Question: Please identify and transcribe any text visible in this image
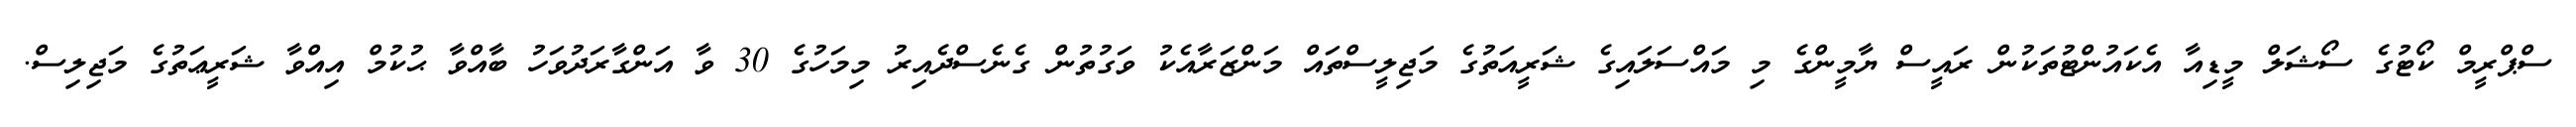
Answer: ސްޕްރީމް ކޯޓުގެ ސޯޝަލް މީޑިއާ އެކައުންޓުތަކުން ރައީސް ޔާމީންގެ މި މައްސަލައިގެ ޝަރީއަތުގެ މަޖިލީސްތައް މަންޒަރާއެކު ވަގުތުން ގެނެސްދެއިރު މިމަހުގެ 30 ވާ އަންގާރަދުވަހު ބާއްވާ ޙުކުމް އިއްވާ ޝަރީޢަތުގެ މަޖިލިސް.